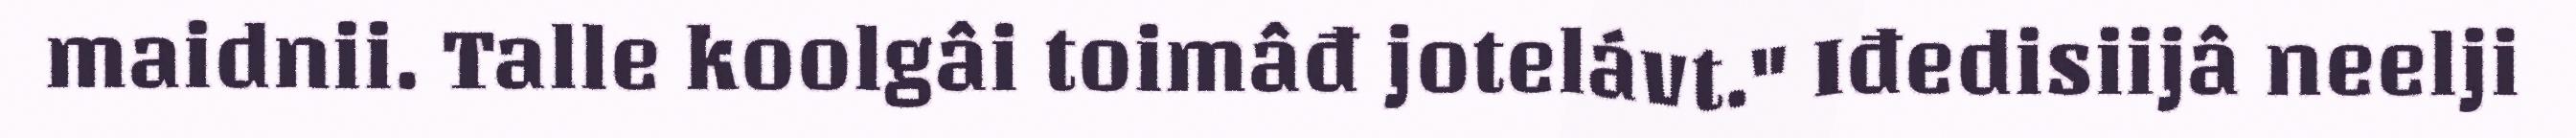
maidnii. Talle koolgâi toimâđ jotelávt." Iđedisiijâ neelji